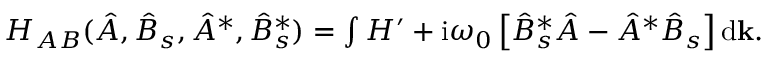
\begin{array} { r } { H _ { A B } ( \hat { A } , \hat { B } _ { s } , \hat { A } ^ { * } , \hat { B } _ { s } ^ { * } ) = \int H ^ { \prime } + \mathrm { i } \omega _ { 0 } \left[ \hat { B } _ { s } ^ { * } \hat { A } - \hat { A } ^ { * } \hat { B } _ { s } \right] \mathrm { d } \mathbf { k } . } \end{array}